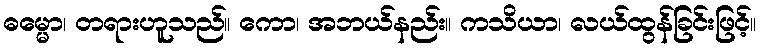
ဓမ္မော၊ တရားဟူသည်။ ကော၊ အဘယ်နည်း။ ကသိယာ၊ လယ်ထွန်ခြင်းဖြင့်။